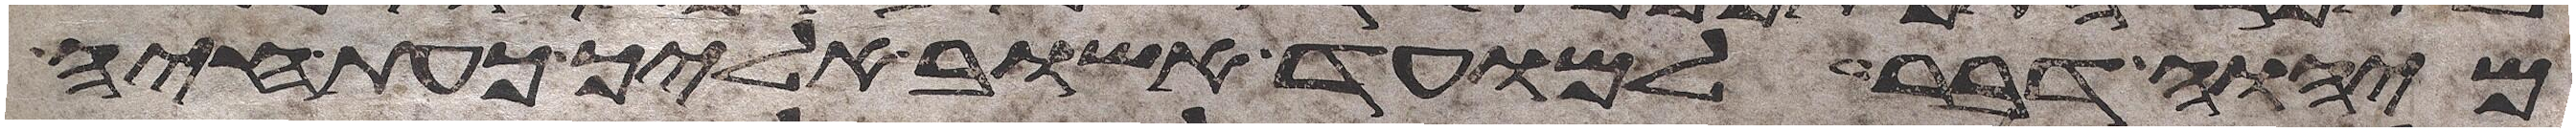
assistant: מיהוה דבר למועד אשוב אליך כעת חיה